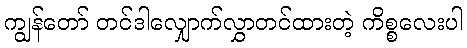
ကျွန်တော် တင်ဒါလျှောက်လွှာတင်ထားတဲ့ ကိစ္စလေးပါ